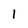
Character: 1